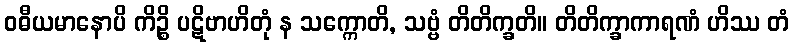
ဝဓီယမာနောပိ ကိဉ္စိ ပဋိဗာဟိတုံ န သက္ကောတိ, သဗ္ဗံ တိတိက္ခတိ။ တိတိက္ခာကာရဏံ ဟိဿ တံ